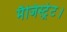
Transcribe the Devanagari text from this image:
मैजिस्ट्रेट।